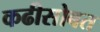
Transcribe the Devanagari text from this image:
कढीसोबत